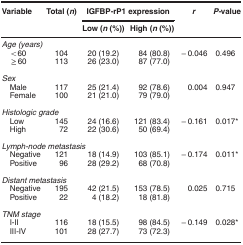
<table><thead><tr><td><b>Variable</b></td><td><b>Total (<i>n</i>)</b></td><td colspan="2"><b>IGFBP-rP1 expression</b></td><td><b><i>r</i></b></td><td><b><i>P</i>-value</b></td></tr><tr><td><b> </b></td><td><b> </b></td><td><b>Low (<i>n</i> (%))</b></td><td><b>High (<i>n</i> (%))</b></td><td><b> </b></td><td><b> </b></td></tr></thead><tbody><tr><td colspan="6"><i>Age (years)</i></td></tr><tr><td> &lt;60</td><td>104</td><td>20 (19.2)</td><td>84 (80.8)</td><td>−0.046</td><td>0.496</td></tr><tr><td> ≥60</td><td>113</td><td>26 (23.0)</td><td>87 (77.0)</td><td> </td><td> </td></tr><tr><td> </td><td> </td><td> </td><td> </td><td> </td><td> </td></tr><tr><td colspan="6"><i>Sex</i></td></tr><tr><td> Male</td><td>117</td><td>25 (21.4)</td><td>92 (78.6)</td><td>0.004</td><td>0.947</td></tr><tr><td> Female</td><td>100</td><td>21 (21.0)</td><td>79 (79.0)</td><td> </td><td> </td></tr><tr><td> </td><td> </td><td> </td><td> </td><td> </td><td> </td></tr><tr><td colspan="6"><i>Histologic grade</i></td></tr><tr><td> Low</td><td>145</td><td>24 (16.6)</td><td>121 (83.4)</td><td>−0.161</td><td>0.017*</td></tr><tr><td> High</td><td>72</td><td>22 (30.6)</td><td>50 (69.4)</td><td> </td><td> </td></tr><tr><td> </td><td> </td><td> </td><td> </td><td> </td><td> </td></tr><tr><td colspan="6"><i>Lymph-node metastasis</i></td></tr><tr><td> Negative</td><td>121</td><td>18 (14.9)</td><td>103 (85.1)</td><td>−0.174</td><td>0.011*</td></tr><tr><td> Positive</td><td>96</td><td>28 (29.2)</td><td>68 (70.8)</td><td> </td><td> </td></tr><tr><td> </td><td> </td><td> </td><td> </td><td> </td><td> </td></tr><tr><td colspan="6"><i>Distant metastasis</i></td></tr><tr><td> Negative</td><td>195</td><td>42 (21.5)</td><td>153 (78.5)</td><td>0.025</td><td>0.715</td></tr><tr><td> Positive</td><td>22</td><td>4 (18.2)</td><td>18 (81.8)</td><td> </td><td> </td></tr><tr><td> </td><td> </td><td> </td><td> </td><td> </td><td> </td></tr><tr><td colspan="6"><i>TNM stage</i></td></tr><tr><td> I-II</td><td>116</td><td>18 (15.5)</td><td>98 (84.5)</td><td>−0.149</td><td>0.028*</td></tr><tr><td> III-IV</td><td>101</td><td>28 (27.7)</td><td>73 (72.3)</td><td> </td><td> </td></tr></tbody></table>